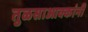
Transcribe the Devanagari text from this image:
तुळसाआक्कांनी